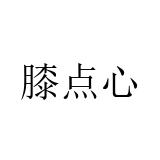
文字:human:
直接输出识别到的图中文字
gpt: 膝点心